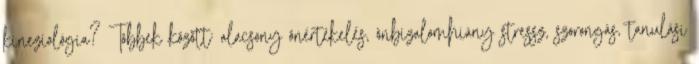
kineziológia? Többek között: alacsony önértékelés, önbizalomhiány stressz, szorongás, tanulási